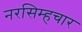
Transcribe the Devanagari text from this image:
नरसिम्हचार